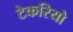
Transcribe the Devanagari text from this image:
टेकरियो